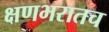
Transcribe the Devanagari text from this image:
क्षणभरातच